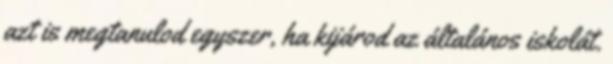
azt is megtanulod egyszer, ha kijárod az általános iskolát.